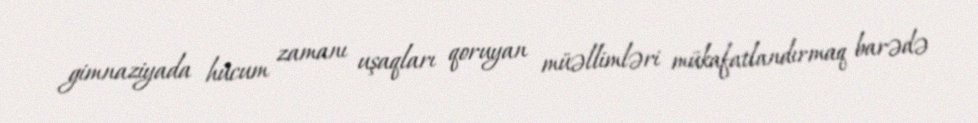
gimnaziyada hücum zamanı uşaqları qoruyan müəllimləri mükafatlandırmaq barədə